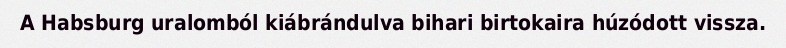
A Habsburg uralomból kiábrándulva bihari birtokaira húzódott vissza.